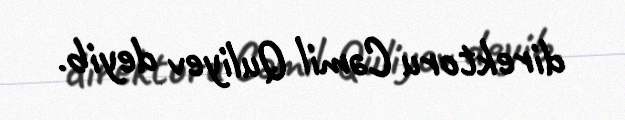
direktoru Cəmil Quliyev deyib.